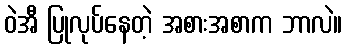
ဝဲအီ ပြုလုပ်နေတဲ့ အစားအစာက ဘာလဲ။